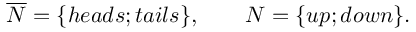
\begin{array} { r } { \overline { { \cal N } } = \{ h e a d s ; t a i l s \} , \qquad { \cal N } = \{ u p ; d o w n \} . } \end{array}